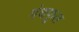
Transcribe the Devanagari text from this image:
गंधफूल